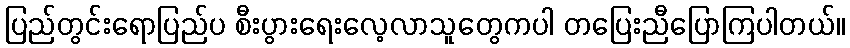
ပြည်တွင်းရောပြည်ပ စီးပွားရေးလေ့လာသူတွေကပါ တပြေးညီပြောကြပါတယ်။